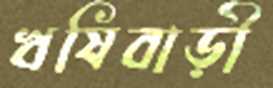
ঋষিবাড়ী